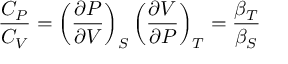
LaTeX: { \frac { C _ { P } } { C _ { V } } } = \left( { \frac { \partial P } { \partial V } } \right) _ { S } \left( { \frac { \partial V } { \partial P } } \right) _ { T } = { \frac { \beta _ { T } } { \beta _ { S } } }